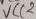
Text: VCC2